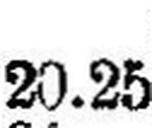
20.25